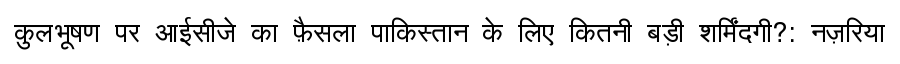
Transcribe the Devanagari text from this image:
कुलभूषण पर आईसीजे का फ़ैसला पाकिस्तान के लिए कितनी बड़ी शर्मिंदगी?: नज़रिया